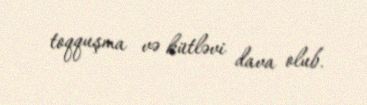
toqquşma və kütləvi dava olub.